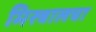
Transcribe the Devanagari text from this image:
मिस्त्रालचा